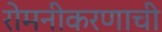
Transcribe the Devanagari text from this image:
रोमनीकरणाची